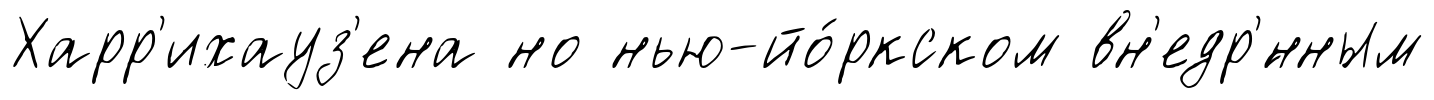
Харр'ихауз'ена но нью-йо́ркском вн'едр'́нным